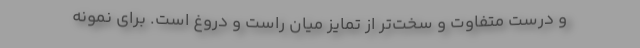
و درست متفاوت و سخت‌تر از تمایز میان راست و دروغ است. برای نمونه